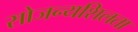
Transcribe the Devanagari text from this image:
सोजन्यशिलता